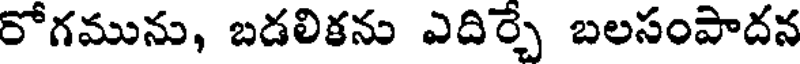
రోగమును, బడలికను ఎదిర్చే బలసంపాదన